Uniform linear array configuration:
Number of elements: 4
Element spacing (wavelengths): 0.5
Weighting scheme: kaiser
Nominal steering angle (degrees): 30
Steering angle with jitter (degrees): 31.098
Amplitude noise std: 0.05
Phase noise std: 0.05

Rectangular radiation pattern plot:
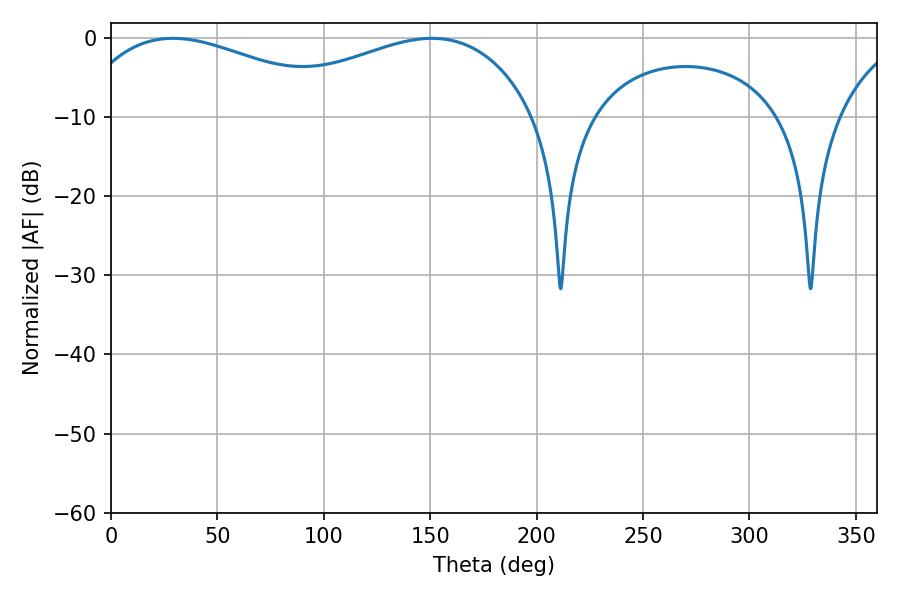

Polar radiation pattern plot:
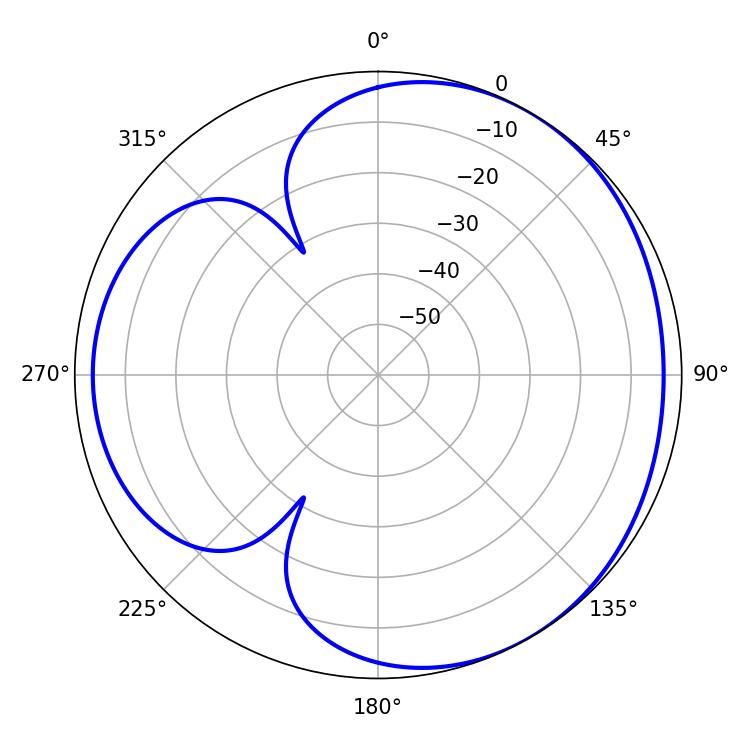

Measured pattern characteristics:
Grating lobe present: FALSE
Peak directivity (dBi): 3.502
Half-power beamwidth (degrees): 73.44
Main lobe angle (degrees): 29.16